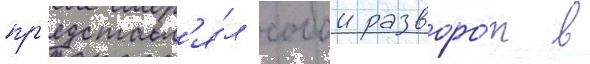
пр'едставл'я́л собои разворо́т в